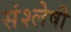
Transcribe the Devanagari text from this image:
संश्लेषी